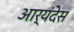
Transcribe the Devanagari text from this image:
आर्यंदेस